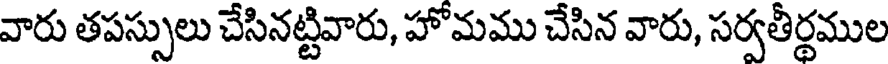
వారు తపస్సులు చేసినట్టివారు, హోమము చేసిన వారు, సర్వతీర్థముల